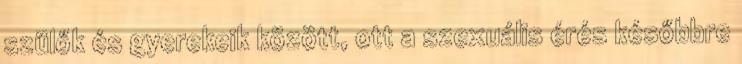
szülők és gyerekeik között, ott a szexuális érés későbbre